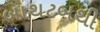
બાથટબથી